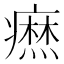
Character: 𤺣